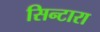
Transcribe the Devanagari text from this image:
सिन्टारा